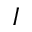
I